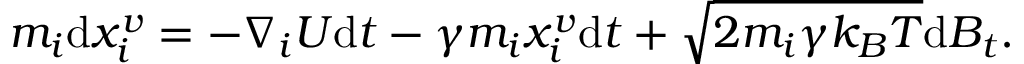
\begin{array} { r } { m _ { i } \mathrm { d } x _ { i } ^ { v } = - \nabla _ { i } U \mathrm { d } t - \gamma m _ { i } x _ { i } ^ { v } \mathrm { d } t + \sqrt { 2 m _ { i } \gamma k _ { B } T } \mathrm { d } B _ { t } . } \end{array}